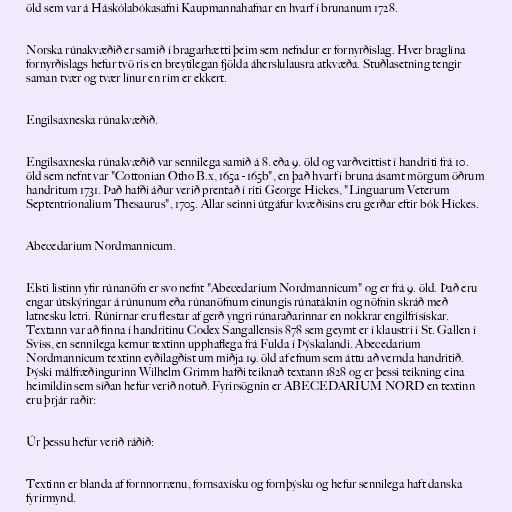
öld sem var á Háskólabókasafni Kaupmannahafnar en hvarf í brunanum 1728.

Norska rúnakvæðið er samið í bragarhætti þeim sem nefndur er fornyrðislag. Hver braglína
fornyrðislags hefur tvö ris en breytilegan fjölda áherslulausra atkvæða. Stuðlasetning tengir
saman tvær og tvær línur en rím er ekkert.

Engilsaxneska rúnakvæðið.

Engilsaxneska rúnakvæðið var sennilega samið á 8. eða 9. öld og varðveittist í handriti frá 10.
öld sem nefnt var "Cottonian Otho B.x, 165a - 165b", en það hvarf í bruna ásamt mörgum öðrum
handritum 1731. Það hafði áður verið prentað í riti George Hickes, "Linguarum Veterum
Septentrionalium Thesaurus", 1705. Allar seinni útgáfur kvæðisins eru gerðar eftir bók Hickes.

Abecedarium Nordmannicum.

Elsti listinn yfir rúnanöfn er svo nefnt "Abecedarium Nordmannicum" og er frá 9. öld. Það eru
engar útskýringar á rúnunum eða rúnanöfnum einungis rúnatáknin og nöfnin skráð með
latnesku letri. Rúnirnar eru flestar af gerð yngri rúnaraðarinnar en nokkrar engilfrísískar.
Textann var að finna í handritinu Codex Sangallensis 878 sem geymt er í klaustri í St. Gallen í
Sviss, en sennilega kemur textinn upphaflega frá Fulda í Þýskalandi. Abecedarium
Nordmannicum textinn eyðilagðist um miðja 19. öld af efnum sem áttu að vernda handritið.
Þýski málfræðingurinn Wilhelm Grimm hafði teiknað textann 1828 og er þessi teikning eina
heimildin sem síðan hefur verið notuð. Fyrirsögnin er ABECEDARIUM NORD en textinn
eru þrjár raðir:

Úr þessu hefur verið ráðið:

Textinn er blanda af fornnorrænu, fornsaxísku og fornþýsku og hefur sennilega haft danska
fyrirmynd.